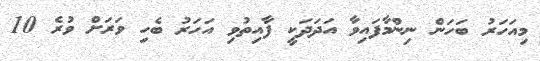
މިއަހަރު ބަހަން ނިންމާފައިވާ އަދަދަކީ ފާއިތުވި އަހަރު ބެހި ވަރަށް ވުރެ 10